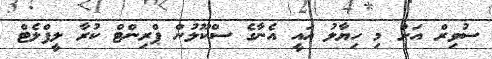
ސުވިރް އަށް މި ހިޔާލު އައީ އެނާގެ ސްކޫލުން ޕްރިންޓް ކުރާ ލީފްލެޓް